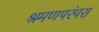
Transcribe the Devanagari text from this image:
श्रमणपरंपरा